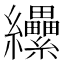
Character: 纝